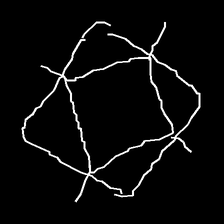
Glyph: light